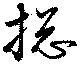
憁